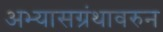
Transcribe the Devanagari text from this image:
अभ्यासग्रंथावरुन